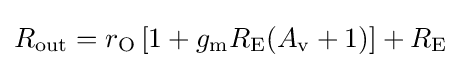
R_{\text{out}}=r_{\text{O}}\left[1+g_{\text{m}}R_{\text{E}}(A_{\text{v}}+1)\right]+R_{\text{E}}